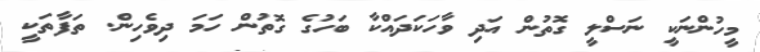
މީހުންނަކީ ނަސްލީ ގޮތުން އަދި ވާހަކަދައްކާ ބަހުގެ ގޮތުން ހަމަ ދިވެހިން. ތަފާތަކީ